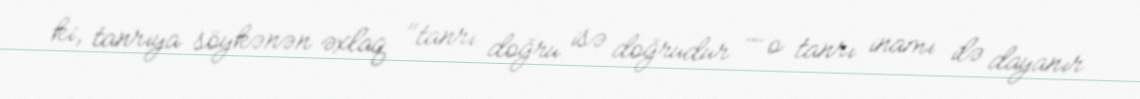
ki, tanrıya söykənən əxlaq "tanrı doğru isə doğrudur — o tanrı inamı ilə dayanır